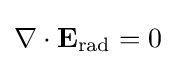
\nabla \cdot \mathbf {E} _{\mathrm {rad} }=0